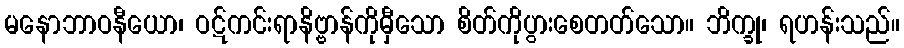
မနောဘာဝနီယော၊ ဝဋ်ကင်းရာနိဗ္ဗာန်ကိုမှီသော စိတ်ကိုပွားစေတတ်သော။ ဘိက္ခု၊ ရဟန်းသည်။